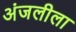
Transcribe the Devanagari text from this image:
अंजलीला